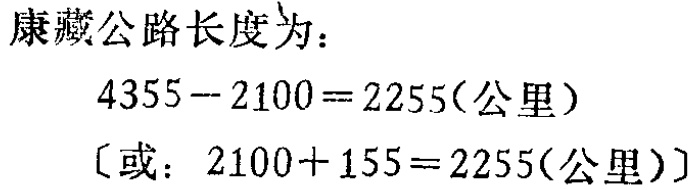
康藏公路长度为：
\[
4355 - 2100 = 2255(\text{公里})
\]
〔或：\(2100 + 155 = 2255(\text{公里})\)〕